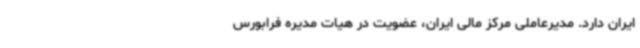
ایران دارد. مدیرعاملی مرکز مالی ایران، عضویت در هیات مدیره فرابورس